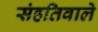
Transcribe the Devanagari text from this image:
संहतिवाले